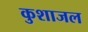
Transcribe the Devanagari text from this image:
कुशाजल